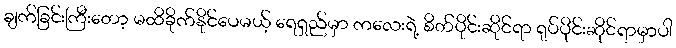
ချက်ခြင်းကြီးတော့ မထိခိုက်နိုင်ပေမယ့် ရေရှည်မှာ ကလေးရဲ့ စိတ်ပိုင်းဆိုင်ရာ ရုပ်ပိုင်းဆိုင်ရာမှာပါ